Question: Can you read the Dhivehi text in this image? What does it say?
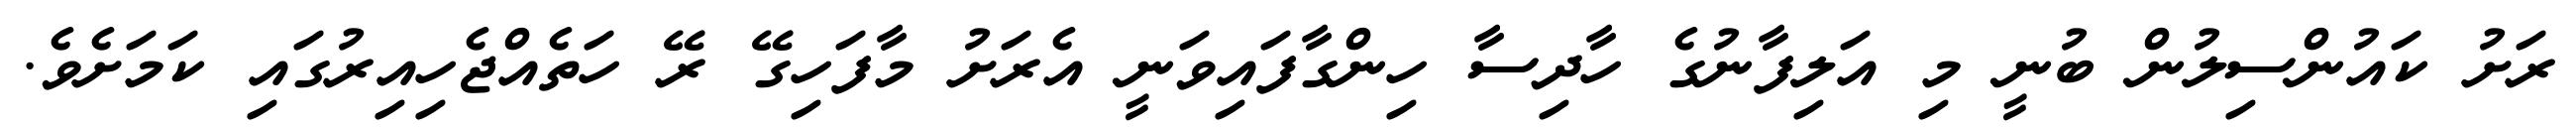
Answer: ރަށު ކައުންސިލުން ބުނީ މި އަލިފާނުގެ ހާދިސާ ހިންގާފައިވަނީ އެރަށު މާފަހިގޭ ރޭ ހަތެއްޖެހިއިރުގައި ކަމަށެވެ.